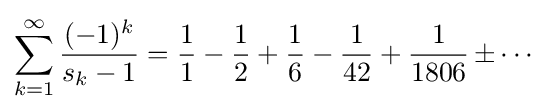
\sum _{k=1}^{\infty }{\frac {(-1)^{k}}{s_{k}-1}}={\frac {1}{1}}-{\frac {1}{2}}+{\frac {1}{6}}-{\frac {1}{42}}+{\frac {1}{1806}}{\,\pm \cdots }